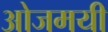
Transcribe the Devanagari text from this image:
ओजमयी